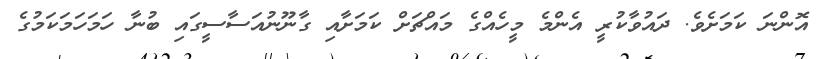
އޮންނަ ކަމަށެވެ. ދައުވާކުރީ އެންމެ މީހެއްގެ މައްޗަށް ކަމަށާއި ގާނޫނުއަސާސީގައި ބުނާ ހަމަހަމަކަމުގެ